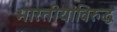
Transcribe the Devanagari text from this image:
भारतीयांविरुद्ध